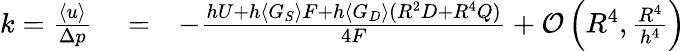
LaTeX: \begin{array}{rlr}{k=\frac{\langle u\rangle}{\Delta p}}&{{}=}&{-\frac{hU+h\langle G_{S}\rangle F+h\langle G_{D}\rangle(R^{2}D+R^{4}Q)}{4F}+\mathcal{O}\left(R^{4},\frac{R^{4}}{h^{4}}\right)}\end{array}